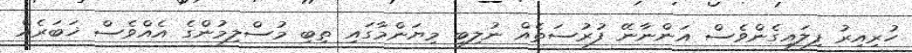
ހުރިއިރު ފިލައިގެންވެސް އަންނާނޭ ފުރުސަތެއް ނުލިބި މިޔަންމާގައި ތިބި މުސްލިމުންގެ އެއްވެސް ޚަބަރެއް